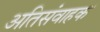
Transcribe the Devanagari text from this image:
अतिसंवाहक